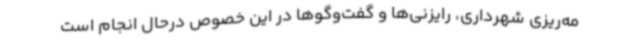
مه‌ریزی شهرداری، رایزنی‌ها و گفت‌وگوها در این خصوص درحال انجام است